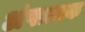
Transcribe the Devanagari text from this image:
अंषात्मक